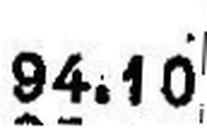
94.10